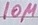
Text: 10µ